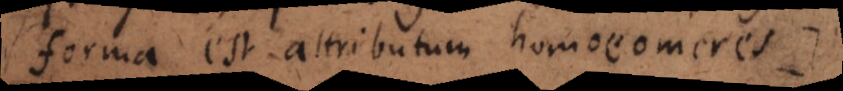
forma est attributum homoeomeres.)